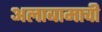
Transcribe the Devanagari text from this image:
अलाबामाची